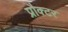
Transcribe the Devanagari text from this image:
प्रौक्टर